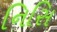
નિસિ